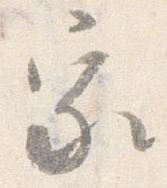
家